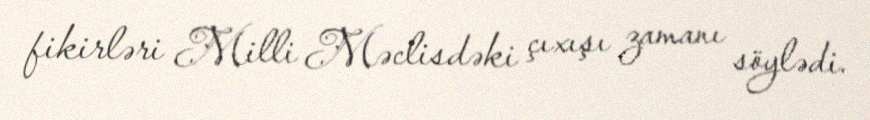
fikirləri Milli Məclisdəki çıxışı zamanı söylədi.